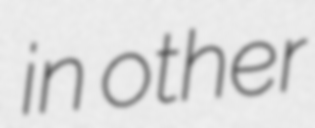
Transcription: in other